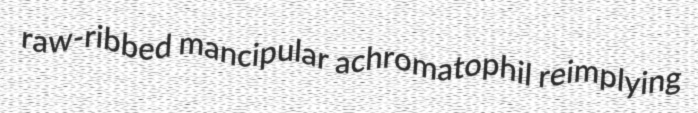
raw-ribbed mancipular achromatophil reimplying